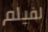
لفيلم